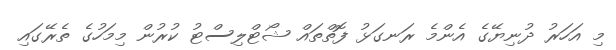
މި އަހަރު ދުނިޔޭގެ އެންމެ ރަނގަޅު ފޮތްތައް ޝޯޓްލިސްޓު ކުރުން މިމަހުގެ ތެރޭގައި